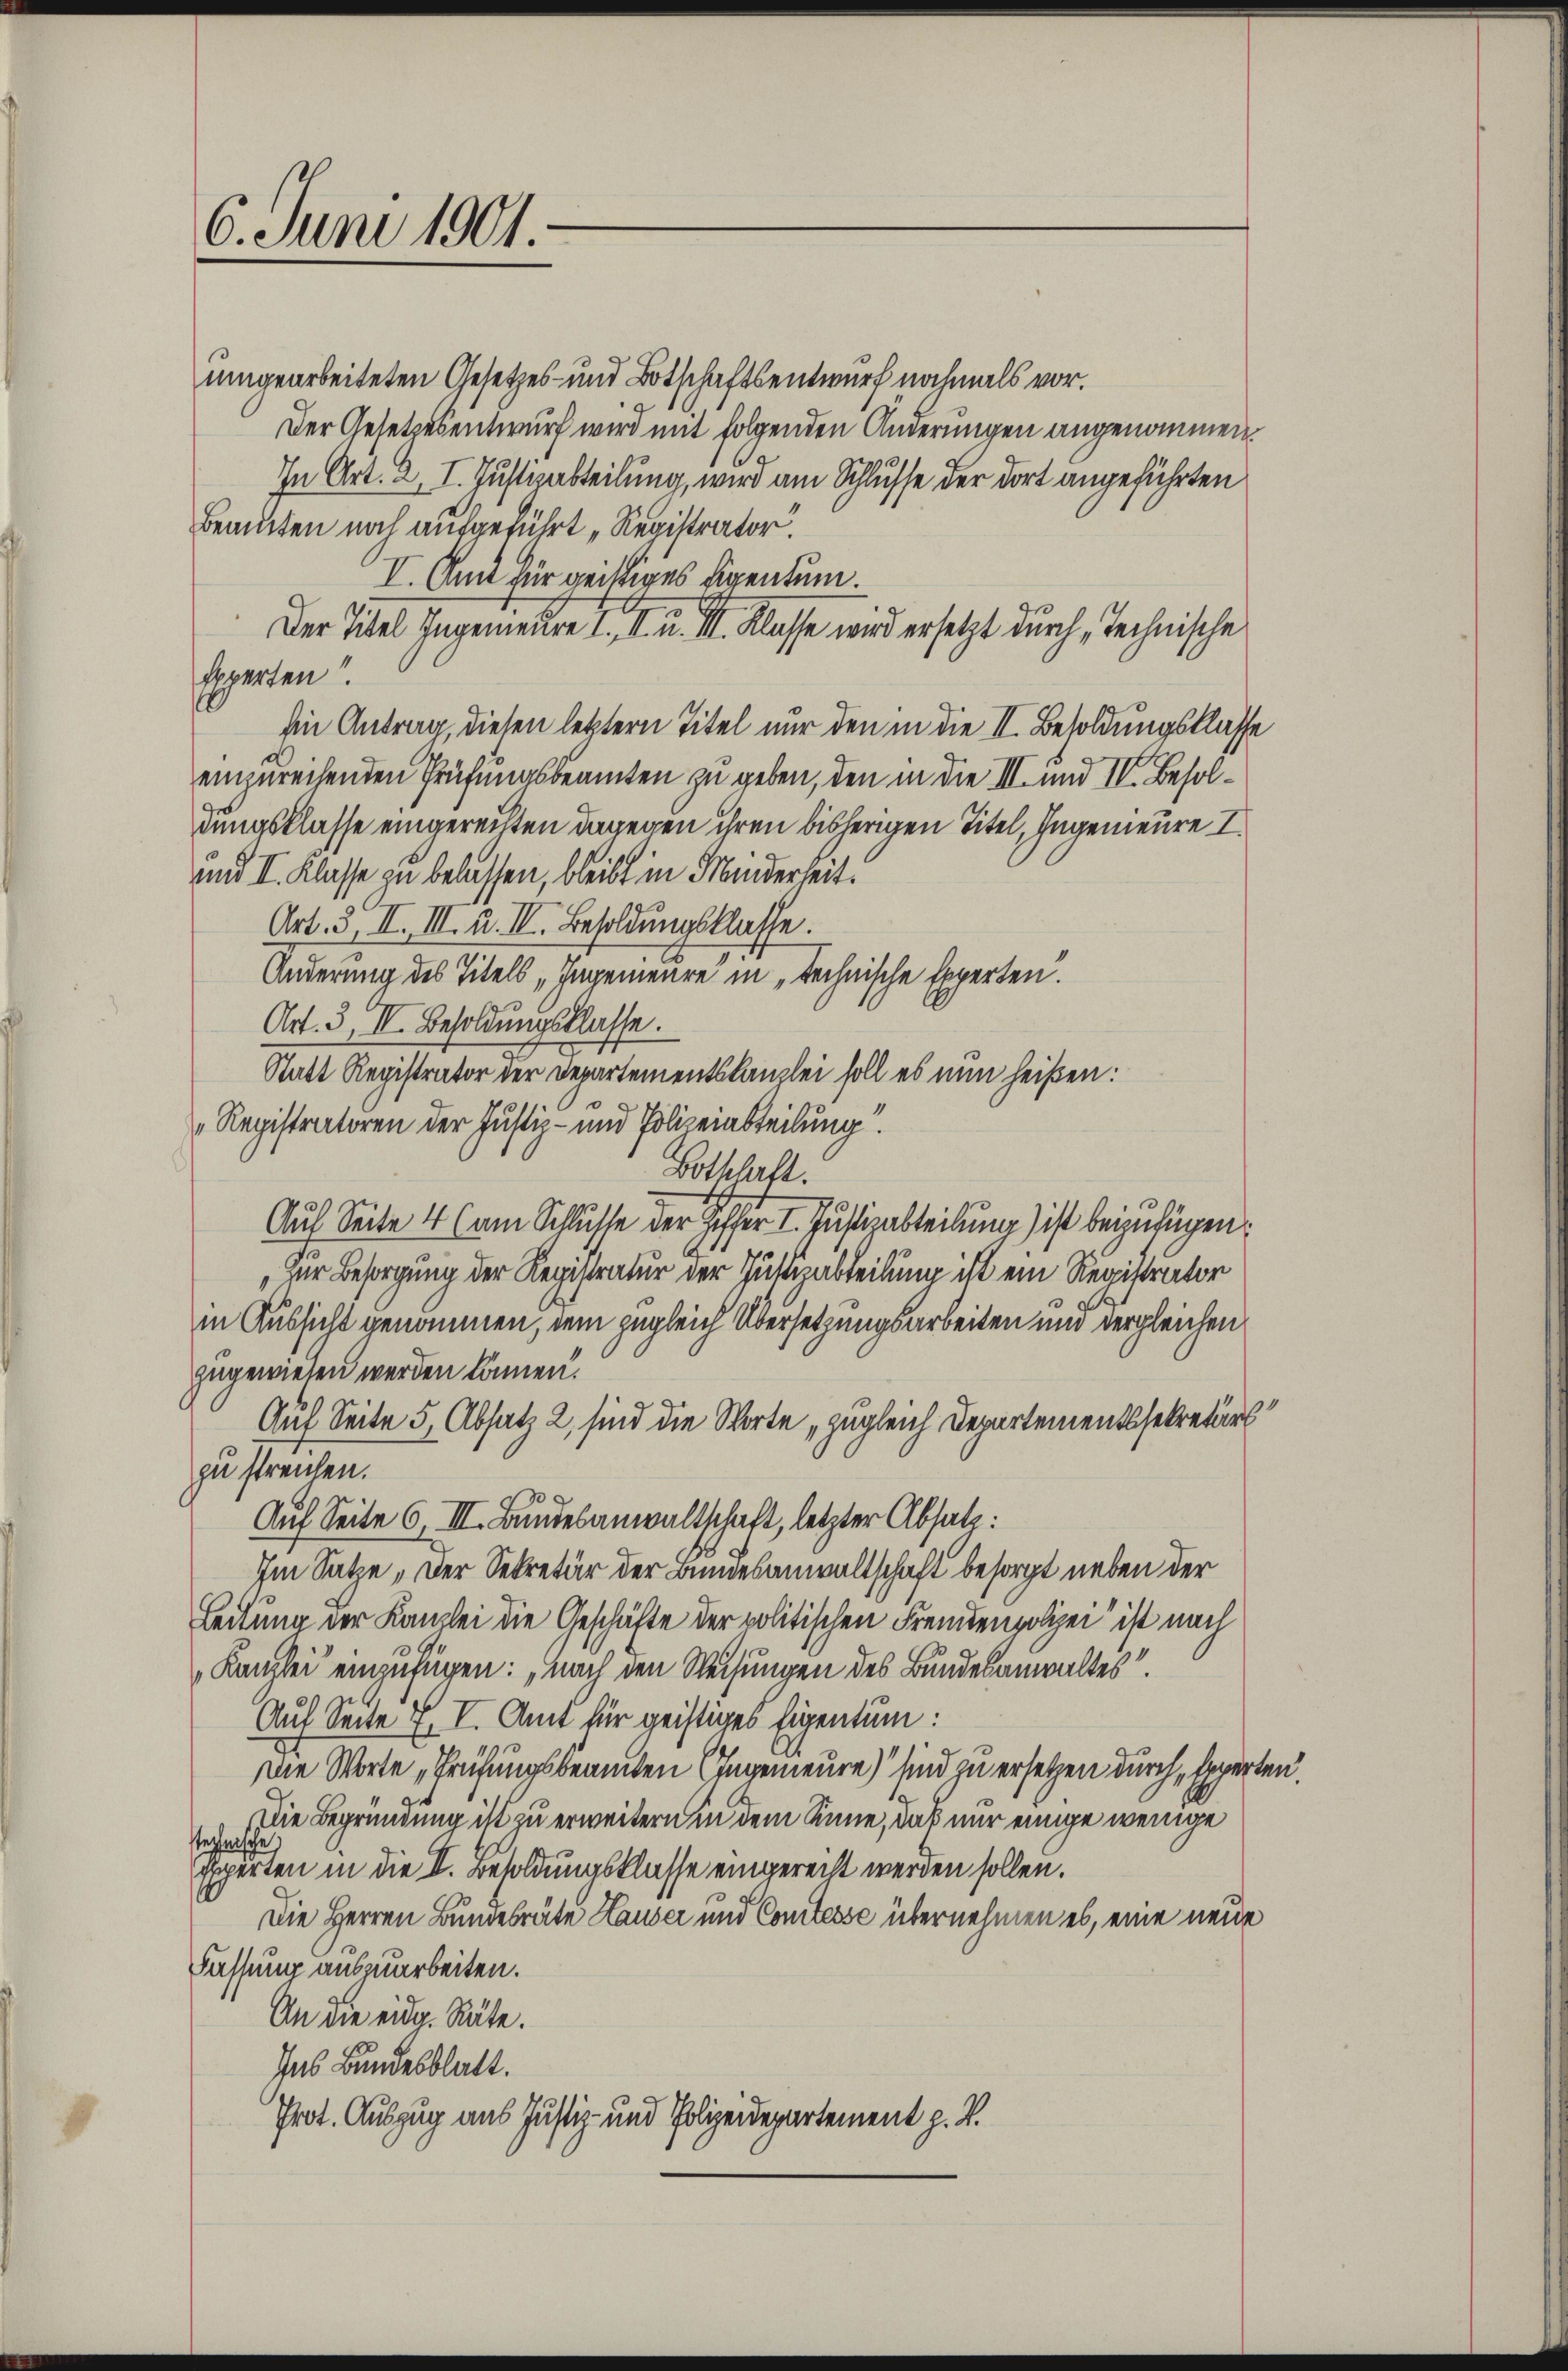
6. Juni 1901.

umgearbeiteten Gesetzes- und Botschaftsentwurf nochmals vor.
Der Gesetzesentwurf wird mit folgenden Änderungen angenommen.
In Art. 2, I. Justizabteilung, wird am Schlusse der dort angeführten
Beamten noch aufgeführt „Registrator.
I. Amt für geistiges Eigentum.
Der Titel Ingenieure I. II. u. II. Klasse wird ersetzt durch Technische
spperten
hin Antrag, diesen letztern Titel nur den in die II. Besoldungsklasse
einzureihenden Prüfungsbeamten zu geben, den in die III. und IV. Besoldungsklasse eingerechten dagegen ihren bisherigen Titel, Ingenieure I
und I. Klasse zu belassen, bleibt in Minderheit.
Art. 3, II. III. u. IV. Besoldungsklasse.
Änderung des Titels „Ingenieure in technische Experten.
Art. 3, II. Besoldungsklasse.
Statt Registrator der Departementskanzlei soll es nun heißen:
Registratoren der Justiz- und Polizeinsteilung.
Botschaft.
Auf Seite 4 (am Schlusse der Ziffer I. Justizabteilung) ist beizufügen:
„zur Besorgung der Registratur der Justizabteilung ist ein Registrator
in Aussicht genommen, dem zugleich Übersetzungsarbeiten und dergleichen
zugewiesen werden können.
Auf Seite 5, Absatz 2, sind die Worte „zugleich Departementssekretärs
zu streichen.
Auf Seite 6, III. Bundesanwaltschaft, letzter Absatz:
Im Satze, der Sekretär der Bundesanwaltschaft besorgt neben der
Leitung der Kanzlei die Geschäfte der politischen Fremdenpolizei ist nach
Kanzlei einzufügen: „nach den Weisungen des Bundesanwaltes.
Auf Seite 7. I. Amt für geistiges Eigentum:
ie Worte „Prüfungsbeamten Ingenieure) sind zu ersetzen durchspperten.
Die Begründung ist zu erweitern in dem Sinne, das nur einige wenige
steche
Experten in die II. Besoldungsklasse eingerecht werden sollen.
Die Herren Bundesräte Hauser und Comtesse übernehmen es, eine neue
Fassung auszuarbeiten.
An die eidg. Räte.
Ins Bundesblatt.
Prot. Auszug aus Justiz- und Polizeidepartement z. B.